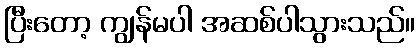
ပြီးတော့ ကျွန်မပါ အဆစ်ပါသွားသည်။